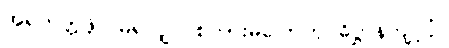
အရဟတ္တဖိုလ်မရလျှင် စကားမပြောဟု ဓိဋ္ဌာန်ကျင့်ပုံ။